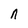
Character: n